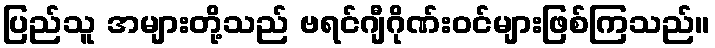
ပြည်သူ အများတို့သည် ဗရင်ဂျီဂိုဏ်းဝင်များဖြစ်ကြသည်။